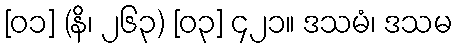
[၀၁] (နိ၊ ၂၆၃) [၀၃] ၄၂၁။ ဒသမံ၊ ဒသမ